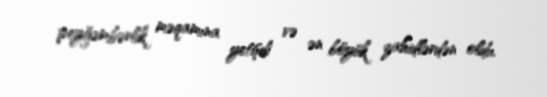
peyğəmbərlik məqamına yetişdi və ən böyük zahidlərdən oldu.